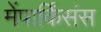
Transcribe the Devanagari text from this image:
मेंपार्किंसंस